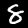
Digit: 8